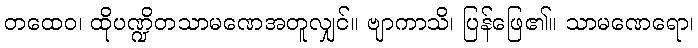
တထေဝ၊ ထိုပဏ္ဍိတသာမဏေအတူလျှင်။ ဗျာကာသိ၊ ပြန်ဖြေ၏။ သာမဏေရော၊